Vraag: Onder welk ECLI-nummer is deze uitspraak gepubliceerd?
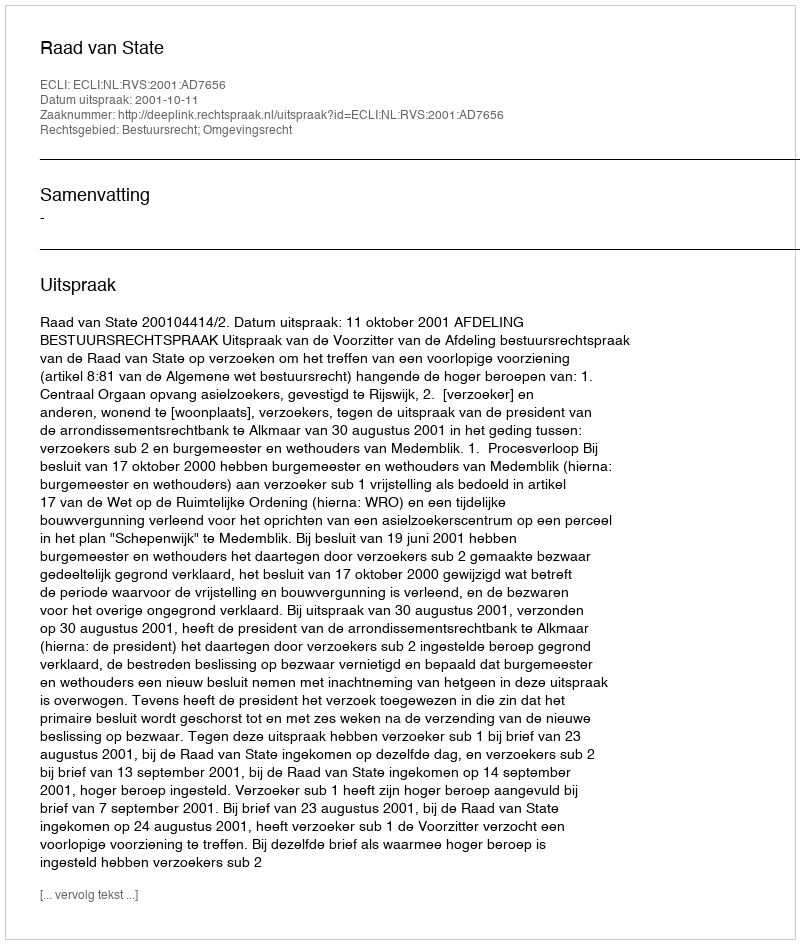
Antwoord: ECLI:NL:RVS:2001:AD7656